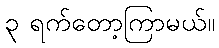
၃ ရက်တော့ကြာမယ်။